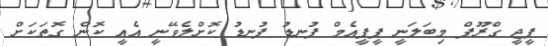
ޕީޖީ ގްރޫޕް މިބަލަނީ ޕީޕީއެމް ފުނޑު ފުނޑު ކޮށްލެވޭނީ އެއީ ކޮން ގޮތަކަށް